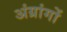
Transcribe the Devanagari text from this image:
अंग्रांगों